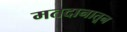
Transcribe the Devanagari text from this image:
मतदानातून